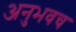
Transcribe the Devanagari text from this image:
अनुभवच